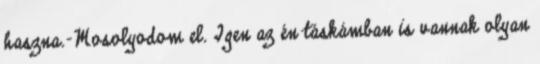
haszna.-Mosolyodom el. Igen az én táskámban is vannak olyan